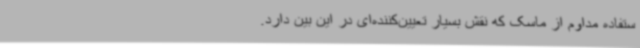
ستفاده مداوم از ماسک که نقش بسیار تعیین‌کننده‌ای در این بین دارد.